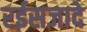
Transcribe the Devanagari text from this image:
रईसजादे